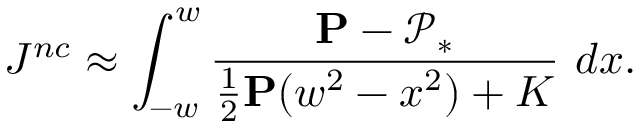
J ^ { n c } \approx \int _ { - w } ^ { w } \frac { \mathbf { P } - \mathcal { P } _ { * } } { \textstyle \frac { 1 } { 2 } \mathbf { P } ( w ^ { 2 } - x ^ { 2 } ) + K } ~ d x .